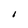
Character: I